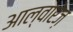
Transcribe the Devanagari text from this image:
आल्वारेज़